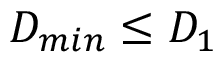
D _ { m i n } \leq D _ { 1 }